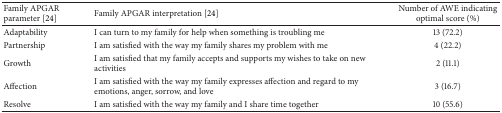
<table><thead><tr><td><b>Family APGAR parameter [24]</b></td><td><b>Family APGAR interpretation [24]</b></td><td><b>Number of AWE indicating optimal score (%) </b></td></tr></thead><tbody><tr><td>Adaptability </td><td>I can turn to my family for help when something is troubling me </td><td>13 (72.2)</td></tr><tr><td>Partnership </td><td>I am satisfied with the way my family shares my problem with me </td><td>4 (22.2)</td></tr><tr><td>Growth </td><td>I am satisfied that my family accepts and supports my wishes to take on new activities</td><td>2 (11.1)</td></tr><tr><td>Affection </td><td>I am satisfied with the way my family expresses affection and regard to my emotions, anger, sorrow, and love</td><td>3 (16.7)</td></tr><tr><td>Resolve </td><td>I am satisfied with the way my family and I share time together</td><td>10 (55.6)</td></tr></tbody></table>